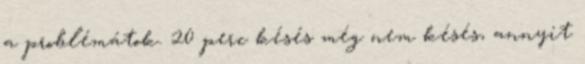
a problémátok. 20 perc késés még nem késés, annyit